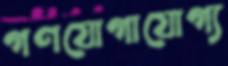
গণযোগাযোগ্য